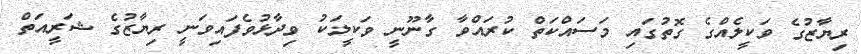
ރިޔާޒުގެ ވަކީލެއްގެ ގޮތުގައި މަސައްކަތް ކުރައްވާ ގާނޫނީ ވަކީލަކު ވިދާޅުވެފައިވަނީ ރިޔާޒުގެ ޝަރީއަތް